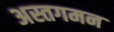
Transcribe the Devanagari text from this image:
अस्तगमन